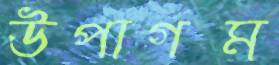
উপাগম